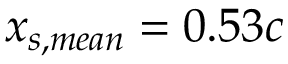
x _ { s , m e a n } = 0 . 5 3 c